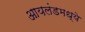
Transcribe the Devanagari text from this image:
आयलंडमध्ये